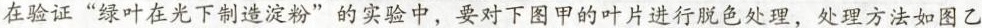
在验证”绿叶在光下制造淀粉”的实验中，要对下图甲的叶片进行脱色处理，处理方法如图乙